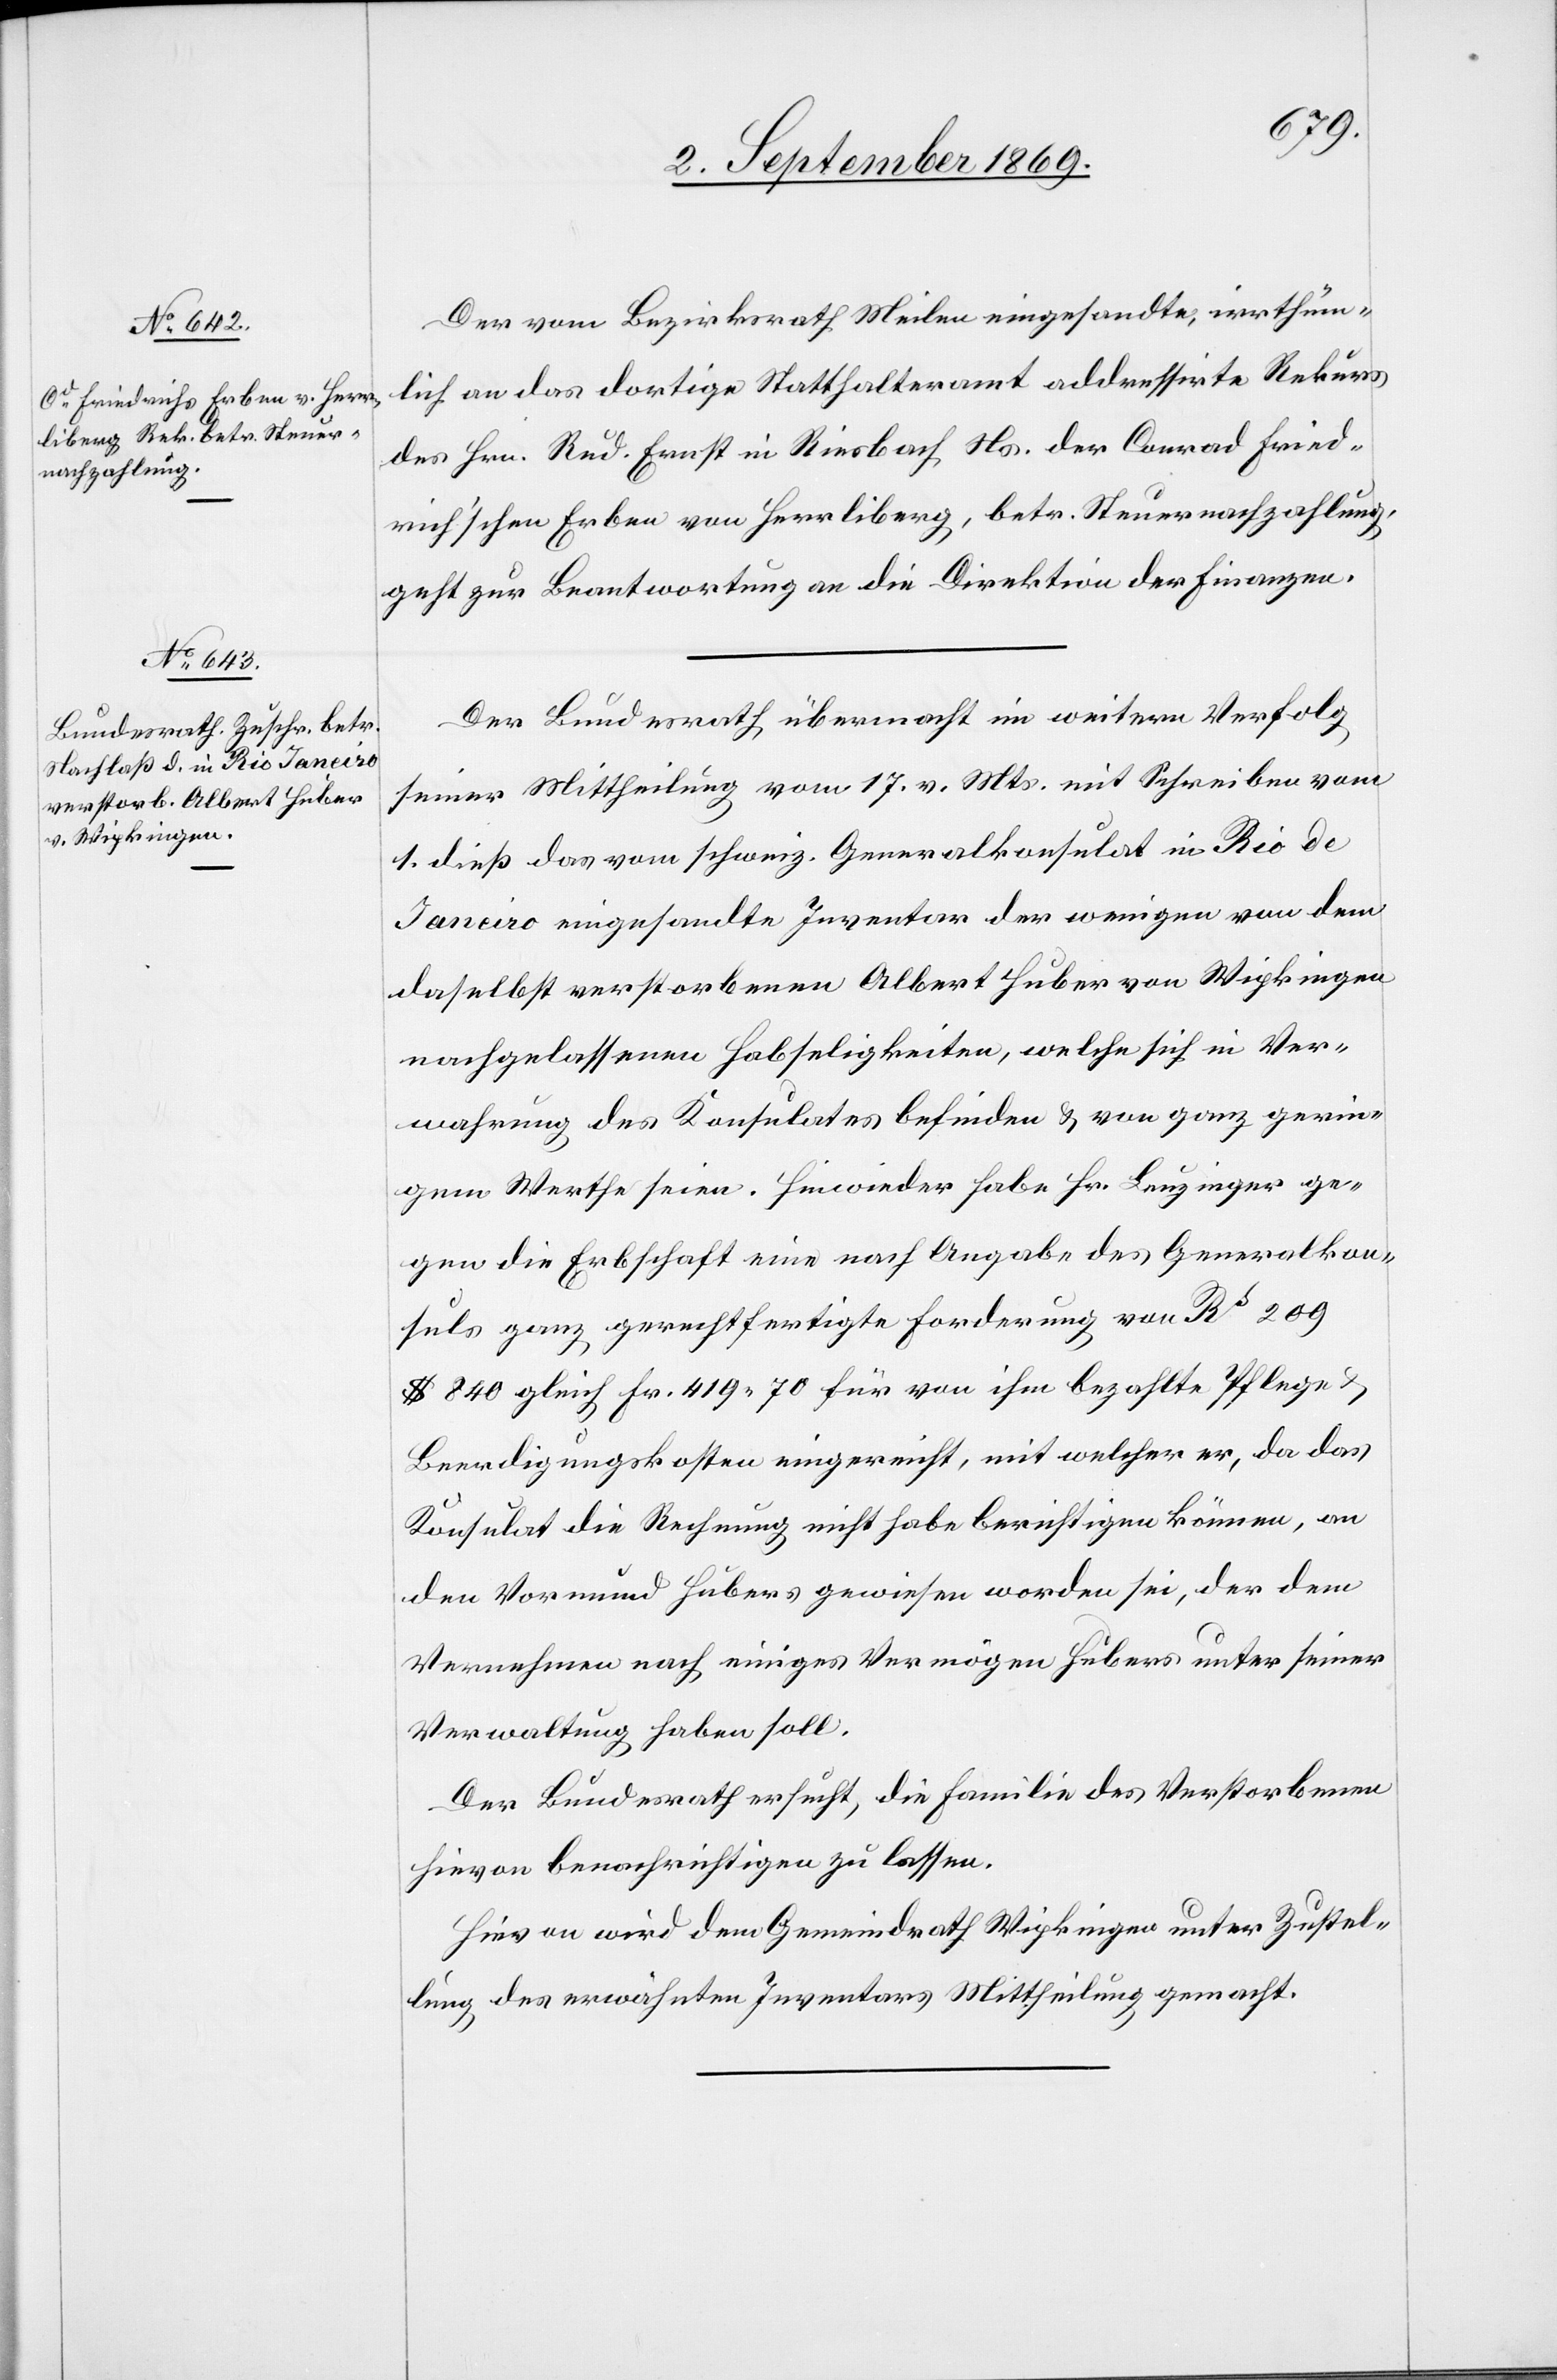
3. September 1869.]
Der vom Bezirksrath Meilen eingesandte, irrthüm¬
lich an das dortige Statthalteramt addressirte Rekurs
des Hrn. Rud. Ernst in Riesbach Ns. der Conrad Fried¬
rich’schen Erben von Herrliberg, betr. Steuernachzahlung,
geht zur Beantwortung an die Direktion der Finanzen.
Der Bundesrath übermacht im weitern Verfolg
seiner Mittheilung vom 17. v. Mts. mit Schreiben vom
1. dieß das vom schweiz. Generalkonsulat in Rio de
Janeiro eingesandte Inventar der wenigen von dem
daselbst verstorbenen Albert Huber von Wipkingen
nachgelassenen Habseligkeiten, welche sich in Ver¬
wahrung des Konsulates befinden & von ganz gerin¬
gem Werthe seien. Hinwieder habe Hr. Leuzinger ge¬
gen die Erbschaft eine nach Angabe des Generalkon¬
suls ganz gerechtfertigte Forderung von Rs 209
$ 840 gleich Fr. 419 70 für von ihm bezahlte Pflege &
Beerdigungskosten eingereicht, mit welcher er, da das
Konsulat die Rechnung nicht habe berichtigen können, an
den Vormund Hubers gewiesen worden sei, der dem
Vernehmen nach einiges Vermögen Hubers unter seiner
Verwaltung haben soll.
Der Bundesrath ersucht, die Familie des Verstorbenen
hievon benachrichtigen zu lassen.
Hievon wird dem Gemeindrath Wipkingen unter Zustel¬
lung des erwähnten Inventars Mittheilung gemacht.